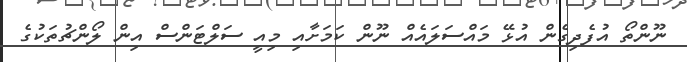
ނޫންތޯ އުފެދިގެން އުޅޭ މައްސަލައެއް ނޫން ކަމަށާއި މިއީ ސަލްޓަންސް އިން ލޯންޗުތަކުގެ